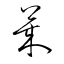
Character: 萊